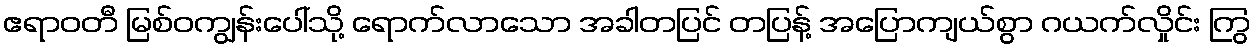
ဧရာဝတီ မြစ်ဝကျွန်းပေါ်သို့ ရောက်လာသော အခါတပြင် တပြန့် အပြောကျယ်စွာ ဂယက်လှိုင်း ကြွ